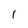
Character: l